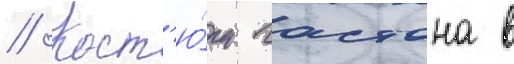
// Кост'ю́м гастона в